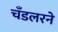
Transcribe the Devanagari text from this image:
चँडलरने